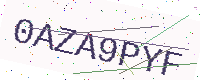
Text: 0AZA9PYF